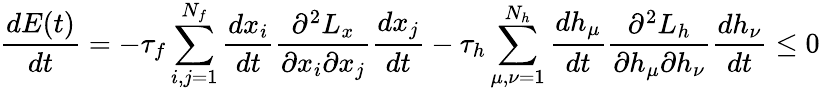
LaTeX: {\frac{dE(t)}{dt}}=-\tau_{f}\sum_{i,j=1}^{N_{f}}{\frac{dx_{i}}{dt}}{\frac{\partial^{2}L_{x}}{\partial x_{i}\partial x_{j}}}{\frac{dx_{j}}{dt}}-\tau_{h}\sum_{\mu,\nu=1}^{N_{h}}{\frac{dh_{\mu}}{dt}}{\frac{\partial^{2}L_{h}}{\partial h_{\mu}\partial h_{\nu}}}{\frac{dh_{\nu}}{dt}}\leq 0